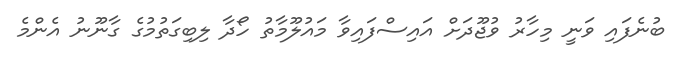
ބުނެފައި ވަނީ މިހާރު ވުޖޫދަށް އައިސްފައިވާ މައުލޫމާތު ހޯދާ ލިބިގަތުމުގެ ގާނޫނު އެންމެ